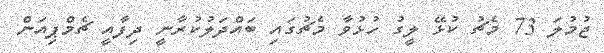
ޖުމުލަ 73 މެޗު ކުޅޭ ލީގު ހުޅުވާ މެޗުގައި ބައްދަލުކުރާނީ ދިފާއީ ޗެމްޕިއަން